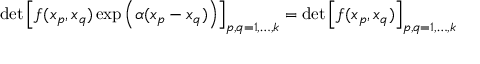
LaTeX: \operatorname * { d e t } \left[ f ( x _ { p } , x _ { q } ) \exp \left( \alpha ( x _ { p } - x _ { q } ) \right) \right] _ { p , q = 1 , \ldots , k } = \operatorname * { d e t } \left[ f ( x _ { p } , x _ { q } ) \right] _ { p , q = 1 , \ldots , k }